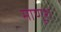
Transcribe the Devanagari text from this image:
माणूश